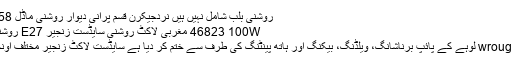
روشنی بلب شامل نہیں ہیں نردجیکرن قسم پرانی دیوار روشنی ماڈل AJB011 .. $65.58
46823 100W مغربی لاکٹ روشنی سایڈست زنجیر E27 روشنی گنبد شیڈ کے ساتھ
مغربی طرز کے wrought لوہے کے پائپ برناشانگ، ویلڈنگ، بیکنگ اور ہاتھ پینٹنگ کی طرف سے ختم کر دیا ہے سایڈست لاکٹ زنجیر مختلف اونچائی مطالبات بھرتا ۔